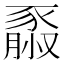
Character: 𧱮